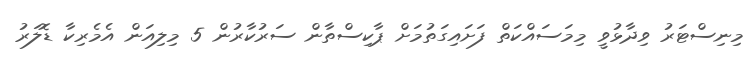
މިނިސްޓަރު ވިދާޅުވީ މިމަސައްކަތް ފަށައިގަތުމަށް ޕާކިސްތާން ސަރުކާރުން 5 މިލިއަން އެމެރިކާ ޑޮލަރު